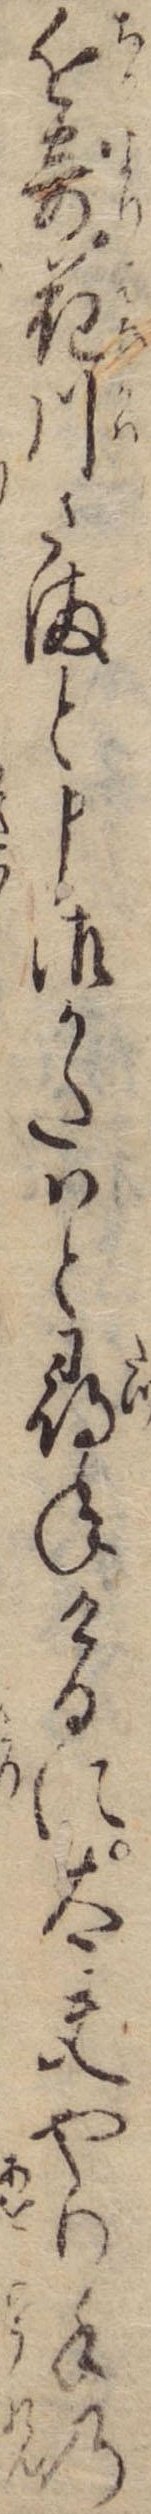
近寄花川さまと申御かたはと尋ねけるに太夫やり手の